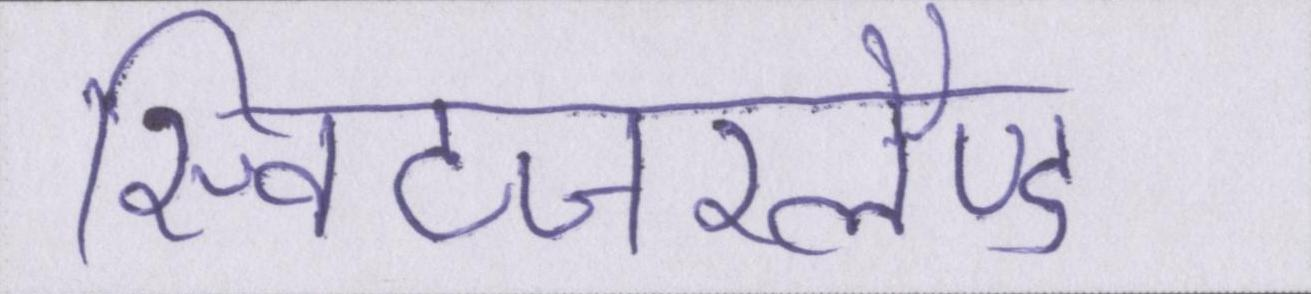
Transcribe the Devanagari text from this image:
स्विटजरलैण्ड